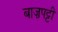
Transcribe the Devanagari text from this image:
बाज़पट्टी